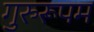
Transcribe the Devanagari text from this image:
गुरुरूपम